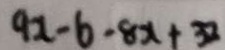
9 x - 6 - 8 x + 3 2